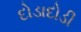
દોડાદોડી